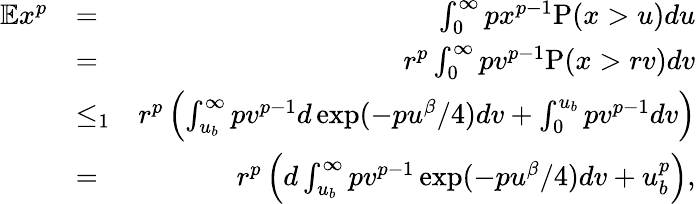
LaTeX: \begin{array}{rlr}{\mathbb{E}x^{p}}&{=}&{\int_{0}^{\infty}px^{p-1}\mathrm{P}(x>u)du}\\ &{=}&{r^{p}\int_{0}^{\infty}pv^{p-1}\mathrm{P}(x>rv)dv}\\ &{\leq_{1}}&{r^{p}\left(\int_{u_{b}}^{\infty}pv^{p-1}d\exp(-pu^{\beta}/4)dv+\int_{0}^{u_{b}}pv^{p-1}dv\right)}\\ &{=}&{r^{p}\left(d\int_{u_{b}}^{\infty}pv^{p-1}\exp(-pu^{\beta}/4)dv+u_{b}^{p}\right),}\end{array}